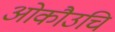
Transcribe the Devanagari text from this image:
ओकौउचि